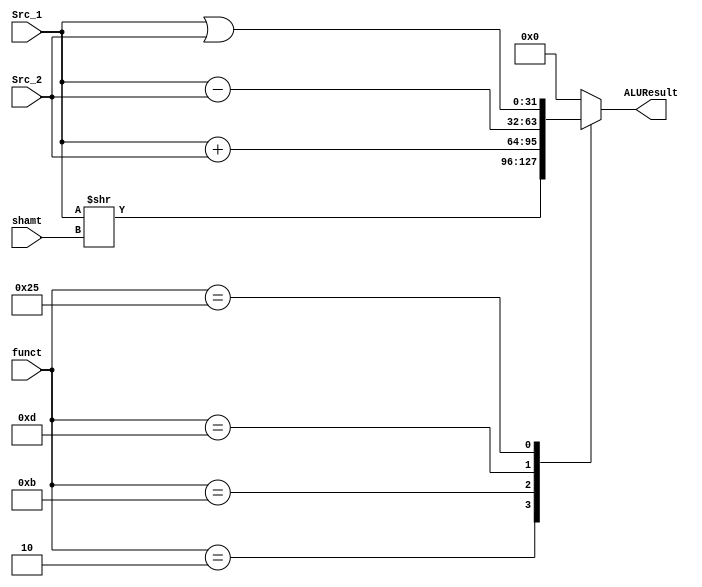
`define SRL 	6'b000010
`define ADD 	6'b001011
`define SUB 	6'b001101
`define  OR 	6'b100101
module ALU(
	//INPUTS
	input	[31:0]	Src_1,
	input	[31:0]	Src_2,
	input	[4:0]	shamt,
	input	[5:0]	funct,
	//OUTPUT
	output	reg[31:0] ALUResult
);

	always@(Src_1,Src_2,shamt,funct)begin
		case(funct)
			`SRL:	ALUResult=Src_1>>shamt;//do shift	
			`ADD:	ALUResult=Src_1+Src_2;//do add
			`SUB:	ALUResult=Src_1-Src_2;//do substract
			`OR:	ALUResult=Src_1|Src_2;//do or
			default:	ALUResult=0;	
		endcase

	end
endmodule